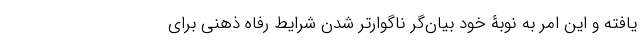
یافته و این امر به نوبۀ خود بیان‌گر ناگوارتر شدن شرایط رفاه ذهنی برای